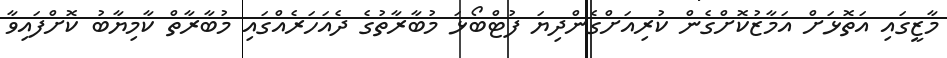
މާޒީގައި އަތޮޅަށް އަމާޒުކޮށްގެން ކުރިއަށްގެންދިޔަ ފުޓްބޯޅަ މުބާރާތުގެ ދެއަހަރެއްގައި މުބާރާތް ކާމިޔާބު ކޮށްފައިވާ